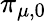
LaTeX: \pi_{\mu,0}